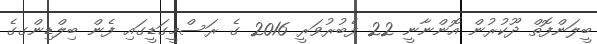
ބީލަންފޮތް ދޫކުރުން އޮންނާނީ 22 ފެބުރުވަރީ 2016 ގެ ރަސްމީގަޑީގައި ފެން ބިލްޑިންގގެ